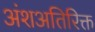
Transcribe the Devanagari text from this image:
अंशअतिरिक्त